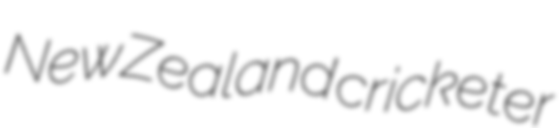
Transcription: New Zealand cricketer